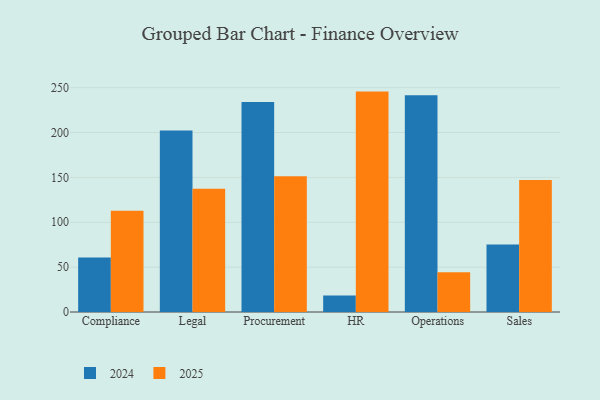
{"axis": {"x": "Department", "y": "Population (Million)"}, "legend": ["2024", "2025"], "data": [{"x": "Compliance", "y": 60.7, "type": "2024"}, {"x": "Compliance", "y": 112.8, "type": "2025"}, {"x": "Legal", "y": 202.3, "type": "2024"}, {"x": "Legal", "y": 137.3, "type": "2025"}, {"x": "Procurement", "y": 234.1, "type": "2024"}, {"x": "Procurement", "y": 151.2, "type": "2025"}, {"x": "HR", "y": 18.3, "type": "2024"}, {"x": "HR", "y": 245.6, "type": "2025"}, {"x": "Operations", "y": 241.6, "type": "2024"}, {"x": "Operations", "y": 44.3, "type": "2025"}, {"x": "Sales", "y": 75.1, "type": "2024"}, {"x": "Sales", "y": 147.0, "type": "2025"}]}